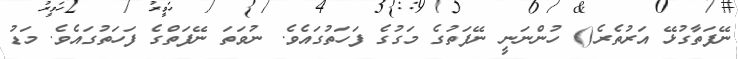
ނޭފަތާގުޅޭ އަރުތެރެ() ހުންނަނީ ނޭފަތުގެ މަގުގެ ފަހަތުގައެވެ. ނުވަތަ ނޭފަތްގެ ފަހަތުގައެވެ. މަޑު